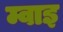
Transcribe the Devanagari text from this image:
म्वाइ